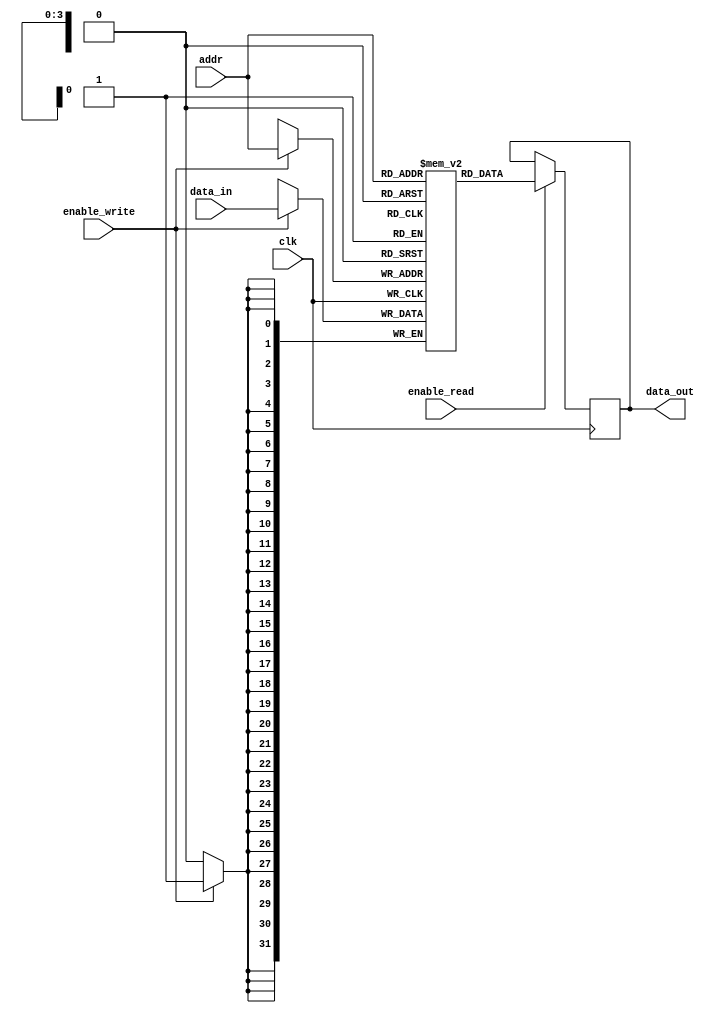
module single_port_register_file (
    input wire clk,
    input wire [3:0] addr,
    input wire enable_read,
    input wire enable_write,
    input wire [31:0] data_in,
    output reg [31:0] data_out
);

reg [31:0] registers [15:0]; // 16 32-bit registers

always @(posedge clk) begin
    if (enable_write) begin
        registers[addr] <= data_in;
    end
    if (enable_read) begin
        data_out <= registers[addr];
    end
end

endmodule